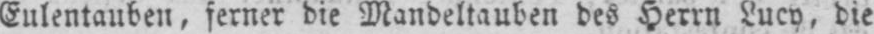
Eulentauben, ferner die Mandeltauben des Herrn Lucy, die